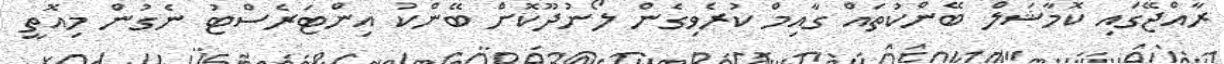
ރާއްޖޭގައި ކޮމާޝަލް ބޭންކުތައް ގާއިމް ކުރެވިގެން ލޯނުދޫކޮށް ބޭންކު އިންޓަރެސްޓު ނެގުން މިއޮތީ